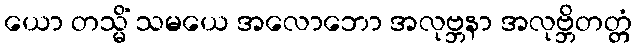
ယော တသ္မိံ သမယေ အလောဘော အလုဗ္ဘနာ အလုဗ္ဘိတတ္တံ